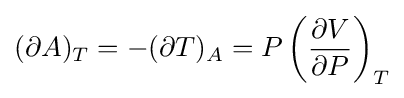
(\partial A)_{T}=-(\partial T)_{A}=P\left({\frac {\partial V}{\partial P}}\right)_{T}